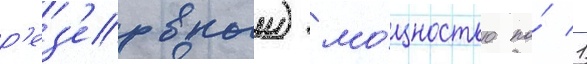
р'ез'ервныи) мо́щностью по́ 1